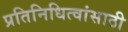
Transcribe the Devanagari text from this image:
प्रतिनिधित्वांसाठी